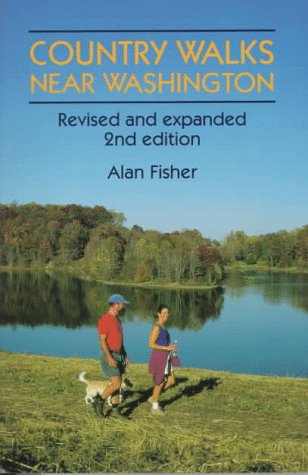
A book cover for Country Walks Near Washington (Country Walks Book); Alan Fisher; Travel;